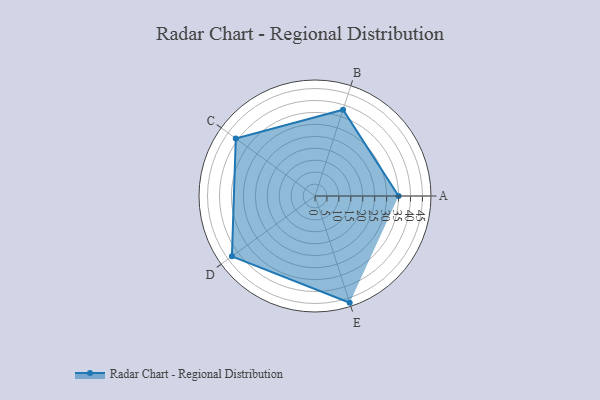
{"axis": {"x": "Skill", "y": "Score"}, "legend": ["Profile"], "data": [{"x": "A", "y": 35.0, "type": "Profile"}, {"x": "B", "y": 38.0, "type": "Profile"}, {"x": "C", "y": 41.0, "type": "Profile"}, {"x": "D", "y": 43.0, "type": "Profile"}, {"x": "E", "y": 47.0, "type": "Profile"}]}